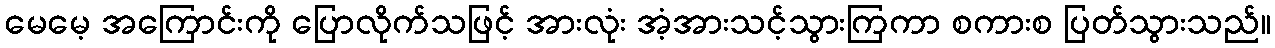
မေမေ့ အကြောင်းကို ပြောလိုက်သဖြင့် အားလုံး အံ့အားသင့်သွားကြကာ စကားစ ပြတ်သွားသည်။